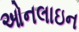
ઓનલાઇન